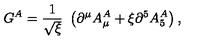
G ^ { A } = \frac { 1 } { \sqrt { \xi } } \ \left( \partial ^ { \mu } A _ { \mu } ^ { A } + \xi \partial ^ { 5 } A _ { 5 } ^ { A } \right) ,